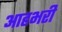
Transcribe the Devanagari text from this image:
आहभरी